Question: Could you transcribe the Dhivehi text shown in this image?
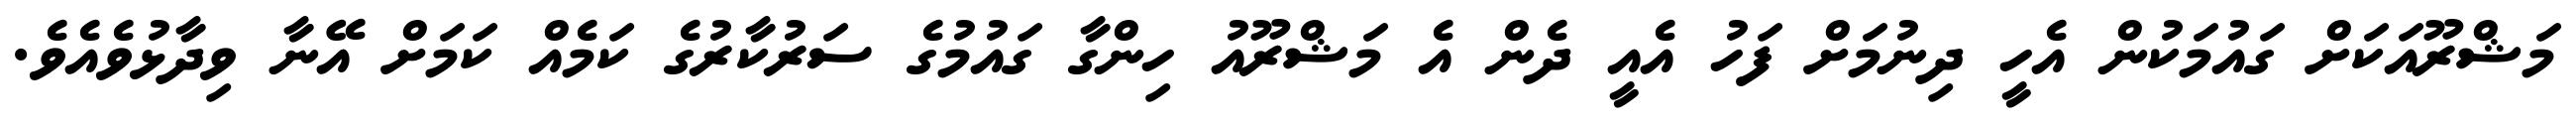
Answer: މަޝްރޫއަކަށް ގައުމަކުން އެހީ ދިނުމަށް ފަހު އެއީ ދެން އެ މަޝްރޫއު ހިންގާ ގައުމުގެ ސަރުކާރުގެ ކަމެއް ކަމަށް އޭނާ ވިދާޅުވެއެވެ.